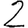
Digit: 2